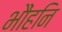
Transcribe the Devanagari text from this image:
भौंहनि